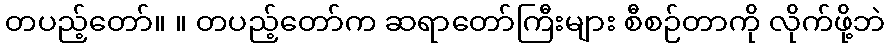
တပည့်တော်။ ။ တပည့်တော်က ဆရာတော်ကြီးများ စီစဉ်တာကို လိုက်ဖို့ဘဲ